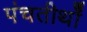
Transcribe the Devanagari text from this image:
पंचतीर्थों